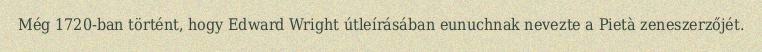
Még 1720-ban történt, hogy Edward Wright útleírásában eunuchnak nevezte a Pietà zeneszerzőjét.